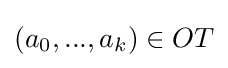
(a_{0},...,a_{k})\in OT